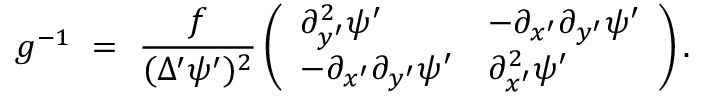
g ^ { - 1 } \ = \ \frac { f } { ( \Delta ^ { \prime } \psi ^ { \prime } ) ^ { 2 } } \left( \begin{array} { l l } { \partial _ { y ^ { \prime } } ^ { 2 } \psi ^ { \prime } } & { - \partial _ { x ^ { \prime } } \partial _ { y ^ { \prime } } \psi ^ { \prime } } \\ { - \partial _ { x ^ { \prime } } \partial _ { y ^ { \prime } } \psi ^ { \prime } } & { \partial _ { x ^ { \prime } } ^ { 2 } \psi ^ { \prime } } \end{array} \right) .